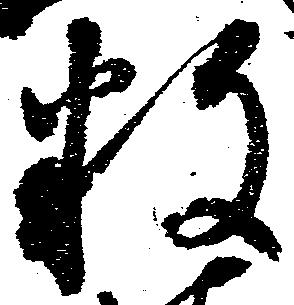
数